Scientific memoirs by medical officers of the Army of India - Part III,
Year: 1887
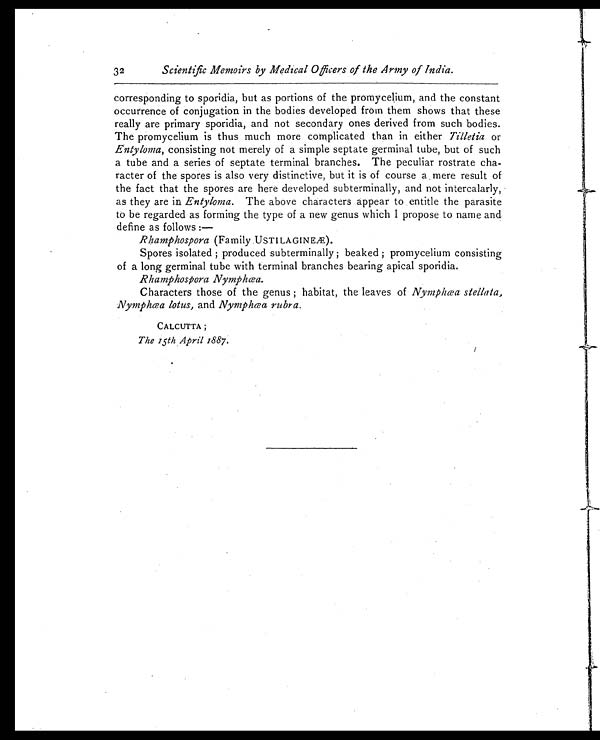
32
Scientific Memoirs by Medical Officers of the Army of India.
corresponding to sporidia, but as portions of the promycelium, and the constant
occurrence of conjugation in the bodies developed from them shows that these
really are primary sporidia, and not secondary ones derived from such bodies.
The promycelium is thus much more complicated than in either Tilletia or
Entyloma, consisting not merely of a simple septate germinal tube, but of such
a tube and a series of septate terminal branches. The peculiar rostrate cha-
racter of the spores is also very distinctive, but it is of course a mere result of
the fact that the spores are here developed subterminally, and not intercalarly,
as they are in Entyloma. The above characters appear to entitle the parasite
to be regarded as forming the type of a new genus which I propose to name and
define as follows:—
Rhamphospora (Family USTILAGINEÆ).
Spores isolated; produced subterminally; beaked; promycelium consisting
of a long germinal tube with terminal branches bearing apical sporidia.
Rhamphospora Nymphœa.
Characters those of the genus; habitat, the leaves of Nymphœa stellata,
Nymphœa lotus, and Nymphœa rubra.
CALCUTTA;
The 15th April 1887.